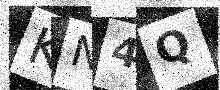
Text: KN4Q